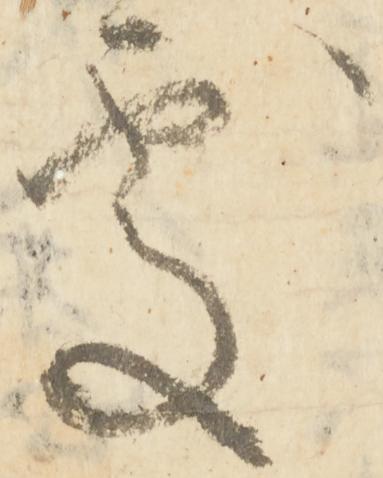
処